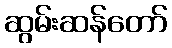
ဆွမ်းဆန်တော်